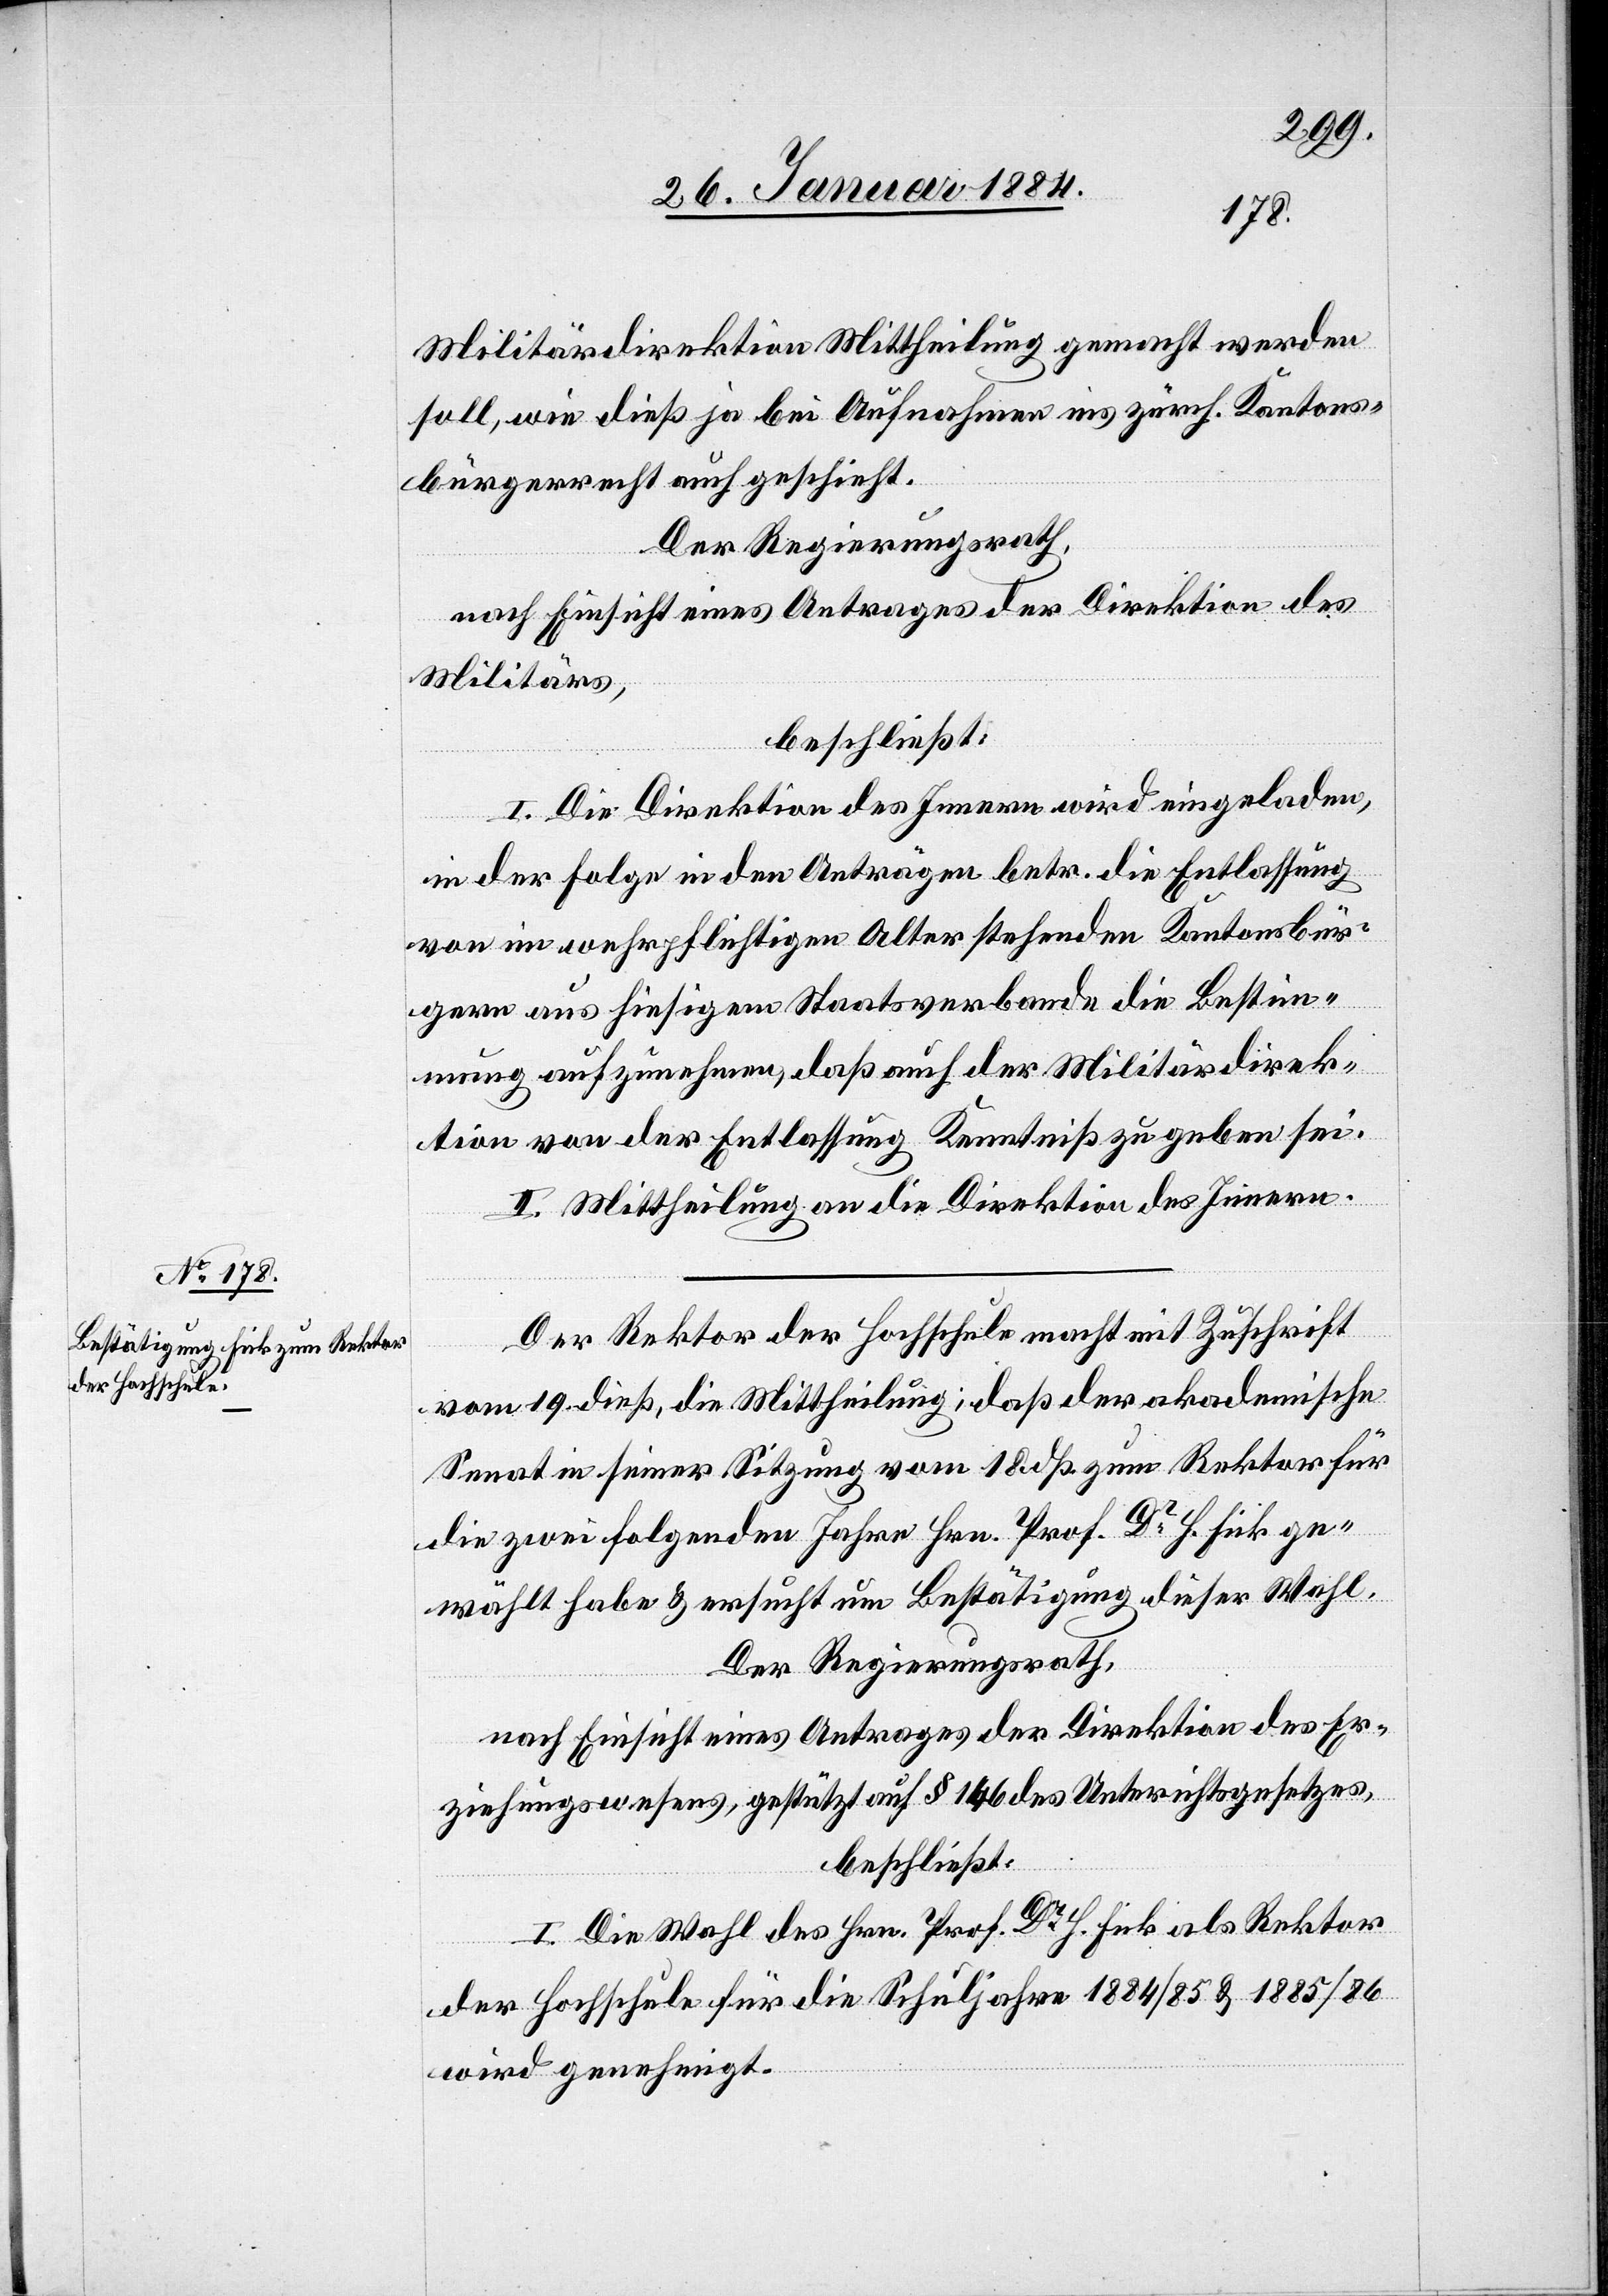
Militärdirektion Mittheilung gemacht werden
soll, wie dieß ja bei Aufnahme ins zürch. Kantons¬
bürgerrecht auch geschieht.
Der Regierungsrath,
nach Einsicht eines Antrags der Direktion des
Militärs,
beschließt:
I. Die Direktion des Innern wird eingeladen,
in der Folge in den Anträgen betr. die Entlassung
von in wehrpflichtigem Alter stehenden Kantonsbür¬
ger aus hiesigem Staatsverbande die Bestim¬
mung aufzunehmen, daß auch der Militärdirek¬
tion von der Entlassung Kenntniß zu geben sei.
II. Mittheilung an die Direktion des Innern.
Der Rektor der Hochschule macht mit Zuschrift
vom 9. dieß, die Mittheilung, daß der akademische
Senat in seiner Sitzung vom 18. dß. zum Rektor für
die zwei folgenden Jahre Hrn. Prof. Dr Fick ge¬
wählt habe & ersucht um Bestätigung dieser Wahl.
Der Regierungsrath,
nach Einsicht eines Antrages der Direktion des Er¬
ziehungswesens, gestützt auf § 146 des Unter[r]ichtsgesetzes,
beschließt:
I. Die Wahl des Hrn. Prof. Dr Fick als Rektor
der Hochschule für die Schuljahre 1884/85 & 1885/86
wird genehmigt.